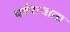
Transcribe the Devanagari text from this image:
धर्मराजाला